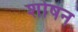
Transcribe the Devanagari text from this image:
शोषन